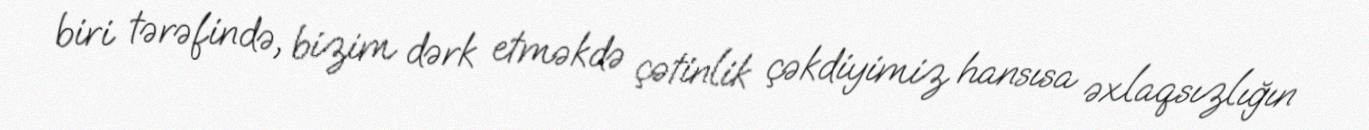
biri tərəfində, bizim dərk etməkdə çətinlik çəkdiyimiz hansısa əxlaqsızlığın